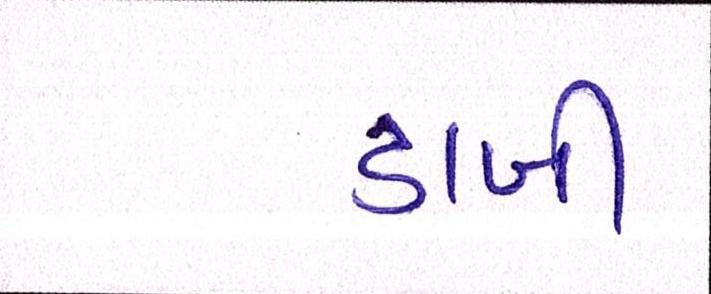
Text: ડાબી